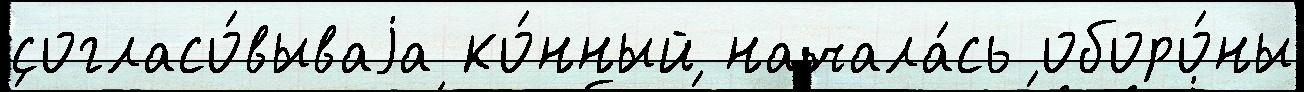
согласо́вываjа ко́нный начала́сь оборо́ны